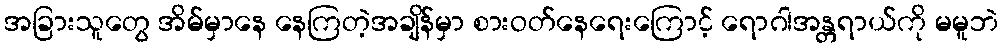
အခြားသူတွေ အိမ်မှာနေ နေကြတဲ့အချိန်မှာ စားဝတ်နေရေးကြောင့် ရောဂါအန္တရာယ်ကို မမူဘဲ